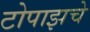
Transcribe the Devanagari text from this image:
टोपाझचे